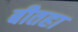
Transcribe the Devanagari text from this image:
बीतहा